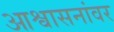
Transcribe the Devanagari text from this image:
आश्वासनांवर